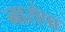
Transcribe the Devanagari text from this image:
नारोपा